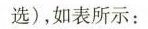
选)，如表所示：